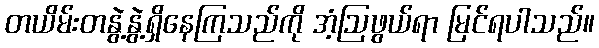
တယိမ်းတနွဲ့နွဲ့ရှိနေကြသည်ကို အံ့ဩဖွယ်ရာ မြင်ရပါသည်။